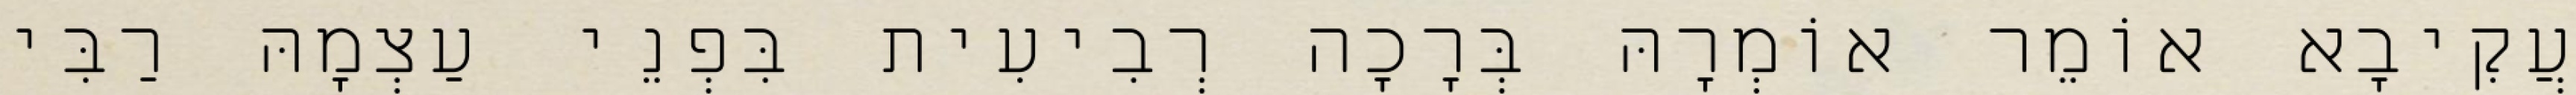
עֲקִיבָא אוֹמֵר אוֹמְרָהּ בְּרָכָה רְבִיעִית בִּפְנֵי עַצְמָהּ רַבִּי